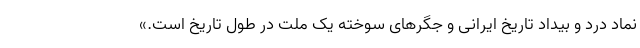
نماد درد و بیداد تاریخ ایرانی و جگرهای سوخته یک ملت در طول تاریخ است.»